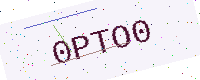
Text: 0PTO0